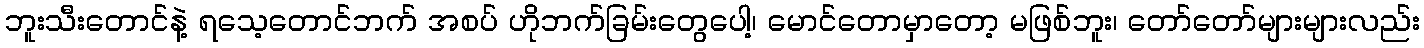
ဘူးသီးတောင်နဲ့ ရသေ့တောင်ဘက် အစပ် ဟိုဘက်ခြမ်းတွေပေါ့၊ မောင်တောမှာတော့ မဖြစ်ဘူး၊ တော်တော်များများလည်း